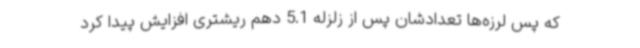
که پس لرزه‌ها تعدادشان پس از زلزله 5.1 دهم ریشتری افزایش پیدا کرد